Treatise on elephants
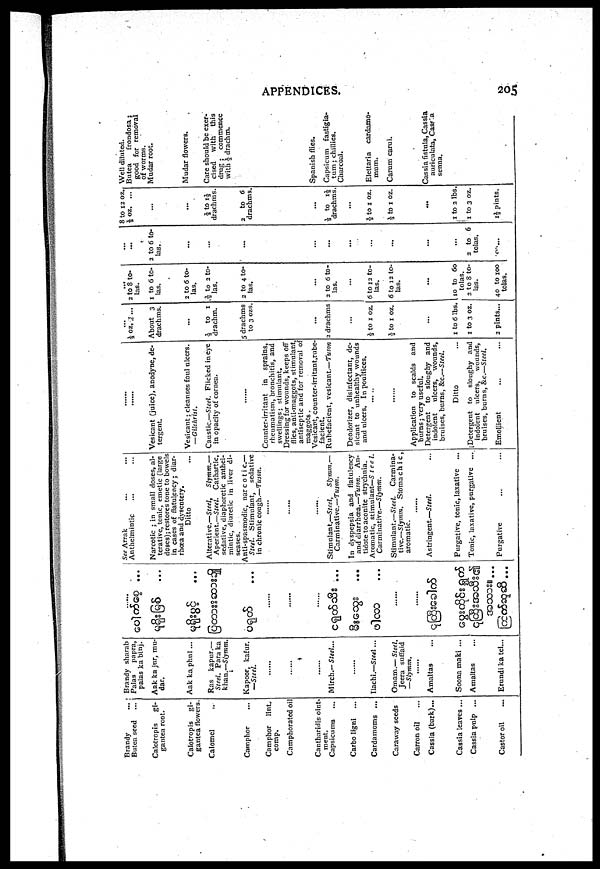
APPENDICES.
205
Brandy ...
Butea seed ...
Calotropis
gi-
gantea root.
Calotropis
gi-
gantea flowers.
Calomel
Camphor
Camphor
lint.
comp.
Camphorated oil
Canthnridis oint-
ment.
Capsicums ...
Carbo ligni ...
Cardamoms ...
Caraway seeds
Carron oil
Cassia (bark)...
Cassia leaves ...
Cassia pulp ...
Castor oil
Brandy sharab
Palas
papra,
palas ka binj.
Aak ka jur, mu-
dar.
Aak ka phul ...
Ras
kapur.—
Steel. Para ka
khan.—Slymm.
Kapoor, kafur.
—Steel.
.......
.......
.......
Much.— Steel...
.......
Ilachi.—Steel...
Omam.— Steel.
Jeera suffaid
—Slymm.
.......
Amaltas ...
Soona maki ...
Amaltas ...
Erundi ka tel...
.....
...
...
...
.......
.......
.......
...
...
...
.......
.......
..
...
See Arrak ... ...
Anthelmintic ... ...
Narcotic ; in small doses, al
terative, tonic, emetic (large
doses); restores tone to bowels
in cases of flatulency; diar
rhœa and dysentery.
Ditto
Alterative.—Steel,
Slymm.—
Aperient.—Steel. Cathartic,
sedative, diaphoretic anthel
mintic, diuretic in liver di
seases.
Anti-spasmodic, narcotic.—
Steel. Stimulant,
sedative
in chronic cough.—Tuson.
.......
.......
.......
Stimulant.—Steel,
Slymm.—
Carminative.—Tuson.
In dyspepsia and flatulency
and diarrhœa.—Tuson. An
tidote to aconite strychnia.
Aromatic, stimulant—Steel.
Carminative.—Slymm.
Stimulant.—Steel.
Carmina
tive.—Slymm. Stomachic,
aromatic.
.......
Astringent.—Steel. ...
Purgative, tonic, laxative
Tonic, laxative, purgative ...
Purgative ... ...
.......
.......
Vesicant (juice), anodyne, de
tergent.
Vesicant; cleanses foul ulcers.
— Gilchrist.
Caustic.—Steel. Flicked in eye
in opacity of cornea.
......
Counter-irritant in sprains,
rheumatism, bronchitis, and
swellings; stimulant.
Dressing for wounds, keeps off
flies, anti-maggots, stimulant,
antiseptic and for removal of
maggots.
Vesicant, counter-irritant.rube-
facient.
Rubefacient, vesicant.—Tuson
Deodorizer, disinfectant, de-
sicant to unhealthy wounds
and ulcers. In poultices.
Application to scalds and
burns; very useful.
Detergent to sloughy and
indolent
ulcers, wounds,
bruises, burns, &c— Steel.
Ditto
[Detergent to sloughy and
indolent ulcers,
wounds,
bruises, burns, &c.—Steel,
Emollient
... ⅓ oz. 5 ...
About 3
drachms.
⅓ to 1
drachm.
5 drachms
to 3 ozs.
2 drachms
½ to 1 oz.
½ to 1 oz.
1 to 6 lbs.
1 to 3 oz.
2 pints...
...
2 to 8 to
las.
1 to 6 to
las.
2 to 6 to
las.
⅓ to 2 to
las.
2 to 4 to
las.
2 to 6 to
las.
6 to 12 to
las.
6 to 12 to
las.
10 to 60
2 to 8 to
las.
40 to 100
tolas.
3 to 6 to
las.
2 to 6
tolas.
...
8 to 12 oz.
½ oz.
...
...
½ to 1½
drachms.
2 to 6
drachms.
⅓ to 1½
drachms,
½ to 1 oz.
⅓ to 1 oz.
...
1 to 2 lbs.
1 to 3 oz.
1½ pints.
Well diluted.
Butea
frondosa;
good for removal
of worms.
Mudar root.
Mudar flowers.
Care should be exer
cised
with
this
drug ; commence
with ½ drachm.
Spanish flies.
Capsicum fastigia-
tum; chillies.
Charcoal.
Elettaria cardamo-
mum.
Carum carui.
Cassia fistula, Cassia
auriculata, Cassia
senna.